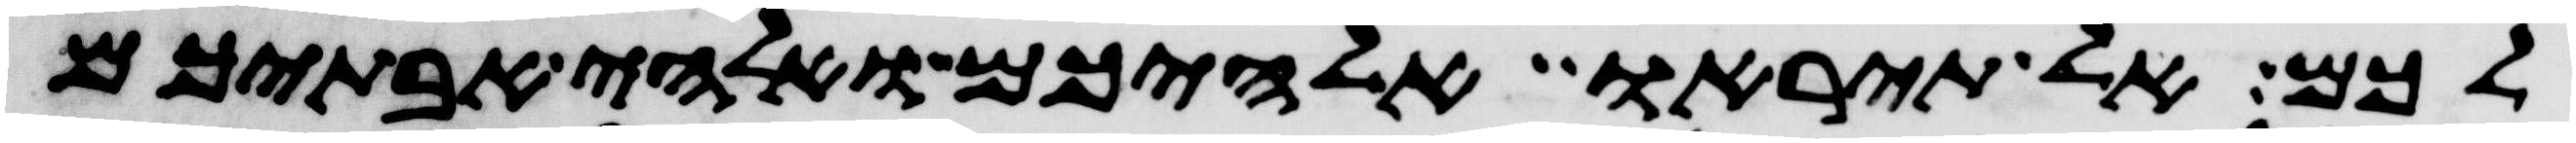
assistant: לכם אל תיראו אלהיכם ואלהי אבתיכם